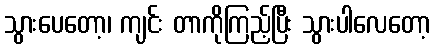
သွားပေတော့၊ ကျင်း တာကိုကြည့်ပြီး သွားပါလေတော့